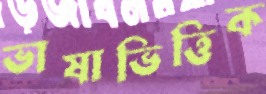
ভাষাভিত্তিক